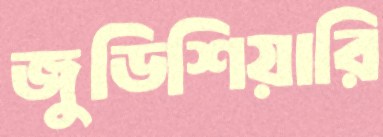
জুডিশিয়ারি